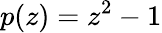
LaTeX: p(z)=z^{2}-1